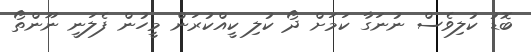
ބޮޑު ކުލިވެސް ނުނަގާ ކަމަށް ދޯ ކުލި ކީއްކުރަން މީހުން ފެލަނީ ނޫންތޯ